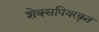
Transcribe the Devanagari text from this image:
शेक्सपियरकृत